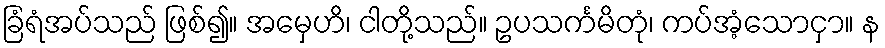
ခြံရံအပ်သည် ဖြစ်၍။ အမှေဟိ၊ ငါတို့သည်။ ဥပသင်္ကမိတုံ၊ ကပ်အံ့သောငှာ။ န